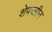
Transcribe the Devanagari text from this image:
शेफलीन